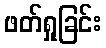
ဖတ်ရှုခြင်း